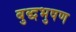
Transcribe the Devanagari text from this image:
बुद्धभुषण